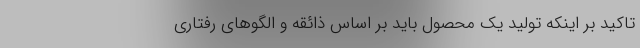
تاکید بر اینکه تولید یک محصول باید بر اساس ذائقه و الگوهای رفتاری